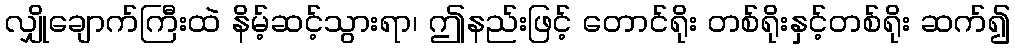
လျှိုချောက်ကြီးထဲ နိမ့်ဆင့်သွားရာ၊ ဤနည်းဖြင့် တောင်ရိုး တစ်ရိုးနှင့်တစ်ရိုး ဆက်၍